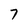
Character: 7